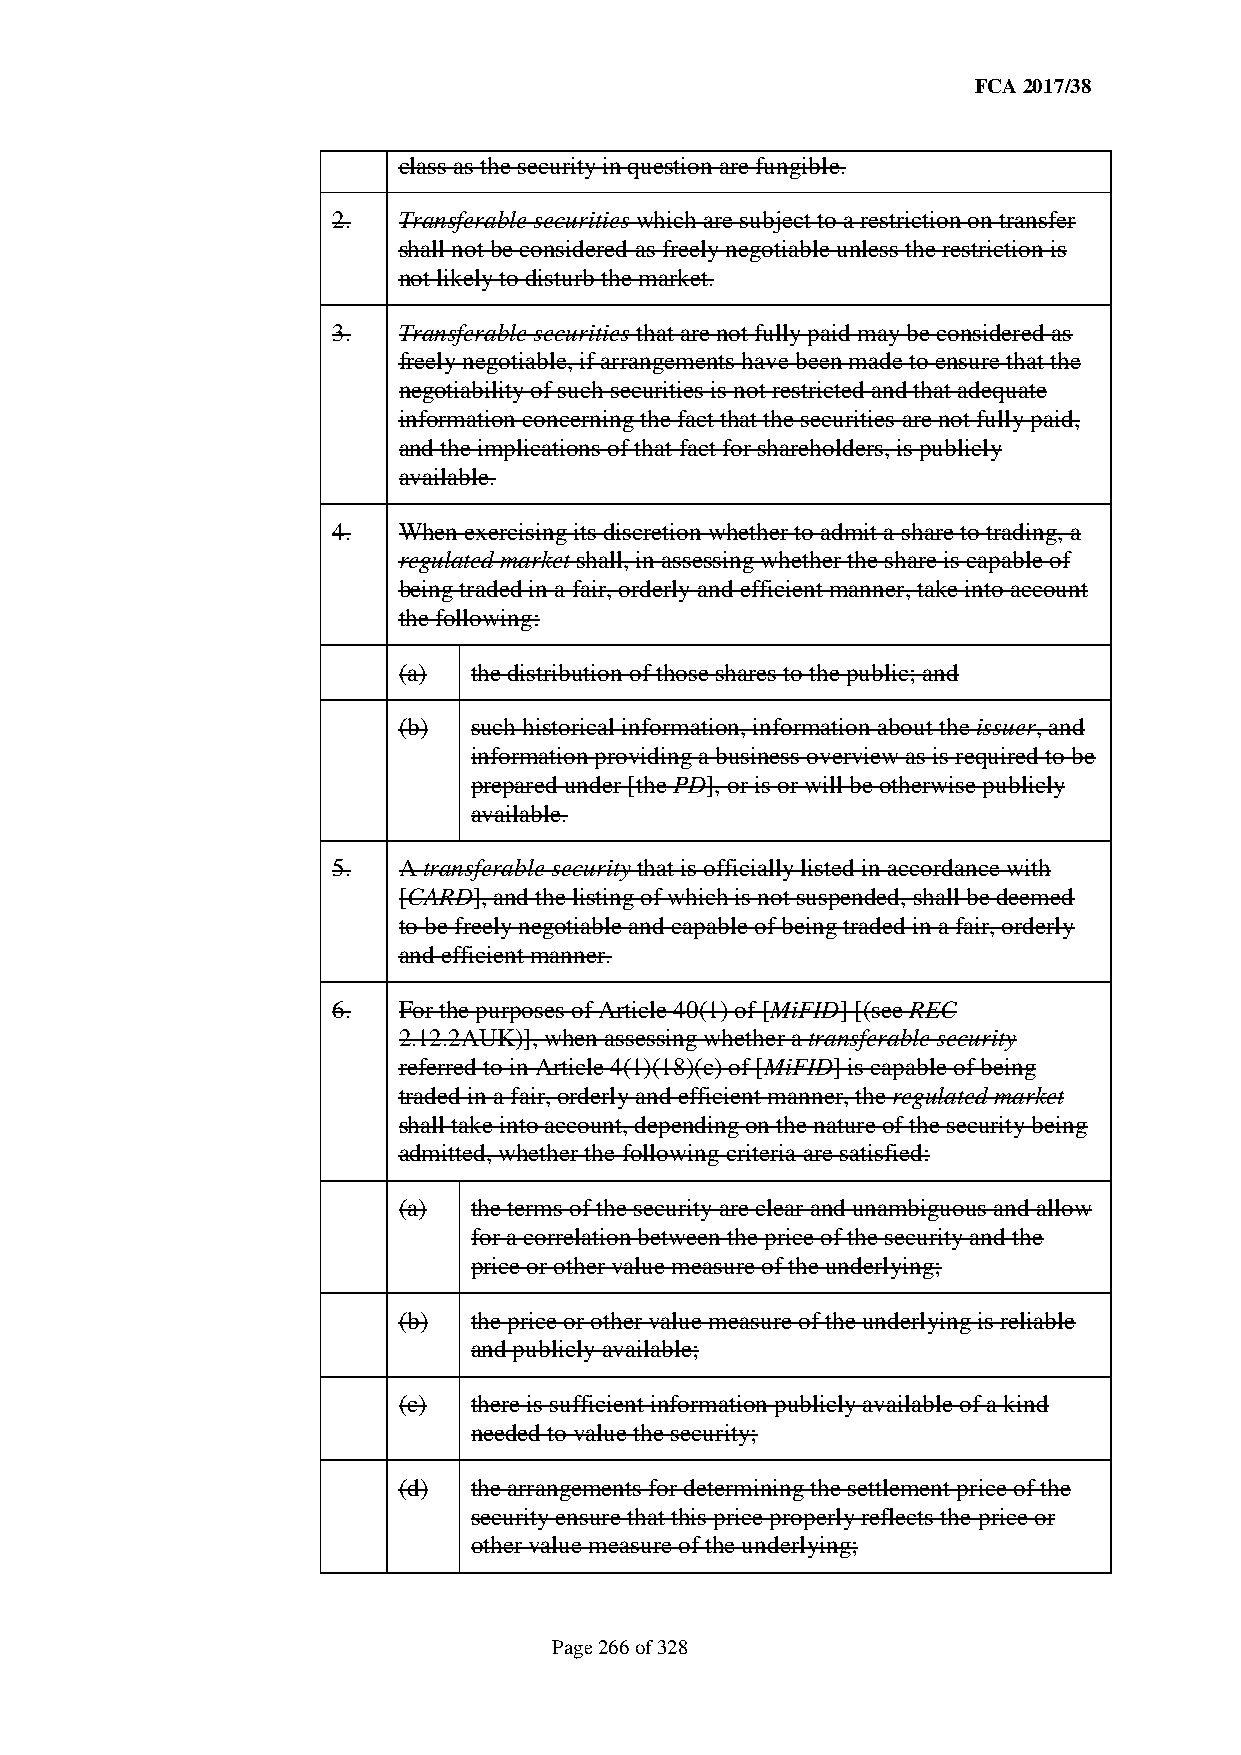
FCA 2017/38
 class as the security in question are fungible.
 2.  Transferable securities which are subject to a restriction on transfer
 shall not be considered as freely negotiable unless the restriction is
 not likely to disturb the market.
 3.  Transferable securities that are not fully paid may be considered as
 freely negotiable, if arrangements have been made to ensure that the
 negotiability of such securities is not restricted and that adequate
 information concerning the fact that the securities are not fully paid,
 and the implications of that fact for shareholders, is publicly
 available.
 4.  When exercising its discretion whether to admit a share to trading, a
 regulated market shall, in assessing whether the share is capable of
 being traded in a fair, orderly and efficient manner, take into account
 the following:
 (a)  the distribution of those shares to the public; and
 (b)  such historical information, information about the issuer, and
 information providing a business overview as is required to be
 prepared under [the PD], or is or will be otherwise publicly
 available.
 5.  A transferable security that is officially listed in accordance with
 [CARD], and the listing of which is not suspended, shall be deemed
 to be freely negotiable and capable of being traded in a fair, orderly
 and efficient manner.
 6.  For the purposes of Article 40(1) of [MiFID] [(see REC
 2.12.2AUK)], when assessing whether a transferable security
 referred to in Article 4(1)(18)(c) of [MiFID] is capable of being
 traded in a fair, orderly and efficient manner, the regulated market
 shall take into account, depending on the nature of the security being
 admitted, whether the following criteria are satisfied:
 (a)  the terms of the security are clear and unambiguous and allow
 for a correlation between the price of the security and the
 price or other value measure of the underlying;
 (b)  the price or other value measure of the underlying is reliable
 and publicly available;
 (c)  there is sufficient information publicly available of a kind
 needed to value the security;
 (d)  the arrangements for determining the settlement price of the
 security ensure that this price properly reflects the price or
 other value measure of the underlying;
 Page 266 of 328